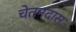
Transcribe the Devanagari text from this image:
चेतनदास